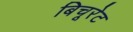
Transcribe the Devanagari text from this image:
बिचूरेट